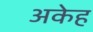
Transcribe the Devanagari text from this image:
अकेह